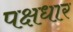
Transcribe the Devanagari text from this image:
पक्षधार